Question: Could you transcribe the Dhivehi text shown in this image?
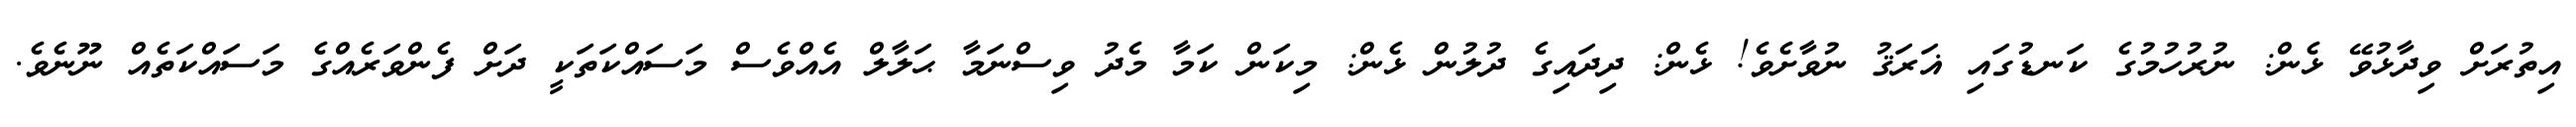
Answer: އިތުރަށް ވިދާޅުވޭ ޅެން: ނުރުހުމުގެ ކަނޑުގައި ޣަރަޤު ނުވާށެވެ! ޅެން: ދިދައިގެ ދުލުން ޅެން: މިކަން ކަމާ މެދު ވިސްނަމާ ޙަލާލް އެއްވެސް މަސައްކަތަކީ ދަށް ފެންވަރެއްގެ މަސައްކަތެއް ނޫނެވެ.